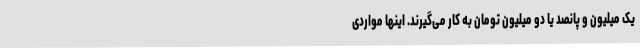
یک میلیون و پانصد یا دو میلیون تومان به کار می‌گیرند. اینها مواردی